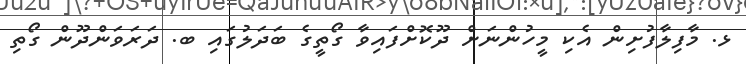
ޅ. މާފިލާފުށިން އެކި މީހުންނަށް ދޫކޮށްފައިވާ ގޯތީގެ ބަދަލުގައި ބ. ދަރަވަންދޫން ގޯތި